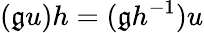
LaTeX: (\mathfrak{g}u)h=(\mathfrak{g}h^{-1})u